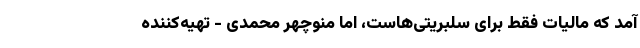
آمد که مالیات فقط برای سلبریتی‌هاست، اما منوچهر محمدی - تهیه‌کننده